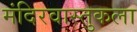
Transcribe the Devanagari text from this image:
मंदिरवास्तुकला